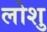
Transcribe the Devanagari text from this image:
लोशु